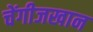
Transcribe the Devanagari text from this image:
चेंगीजखान